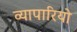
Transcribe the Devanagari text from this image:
व्यापारियो